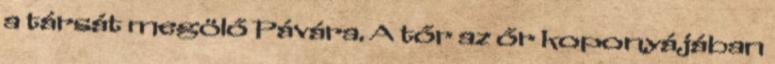
a társát megölő Pávára. A tőr az őr koponyájában